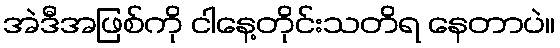
အဲဒီအဖြစ်ကို ငါနေ့တိုင်းသတိရ နေတာပဲ။